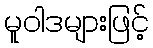
မူဝါဒများဖြင့်